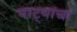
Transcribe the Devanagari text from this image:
पाट्यांचा